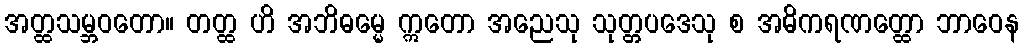
အတ္ထသမ္ဘဝတော။ တတ္ထ ဟိ အဘိဓမ္မေ ဣတော အညေသု သုတ္တပဒေသု စ အဓိကရဏတ္ထော ဘာဝေန